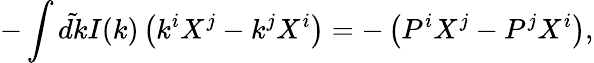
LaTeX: -\int\tilde{dk}I(k)\left(k^{i}X^{j}-k^{j}X^{i}\right)=-\left(P^{i}X^{j}-P^{j}X^{i}\right),